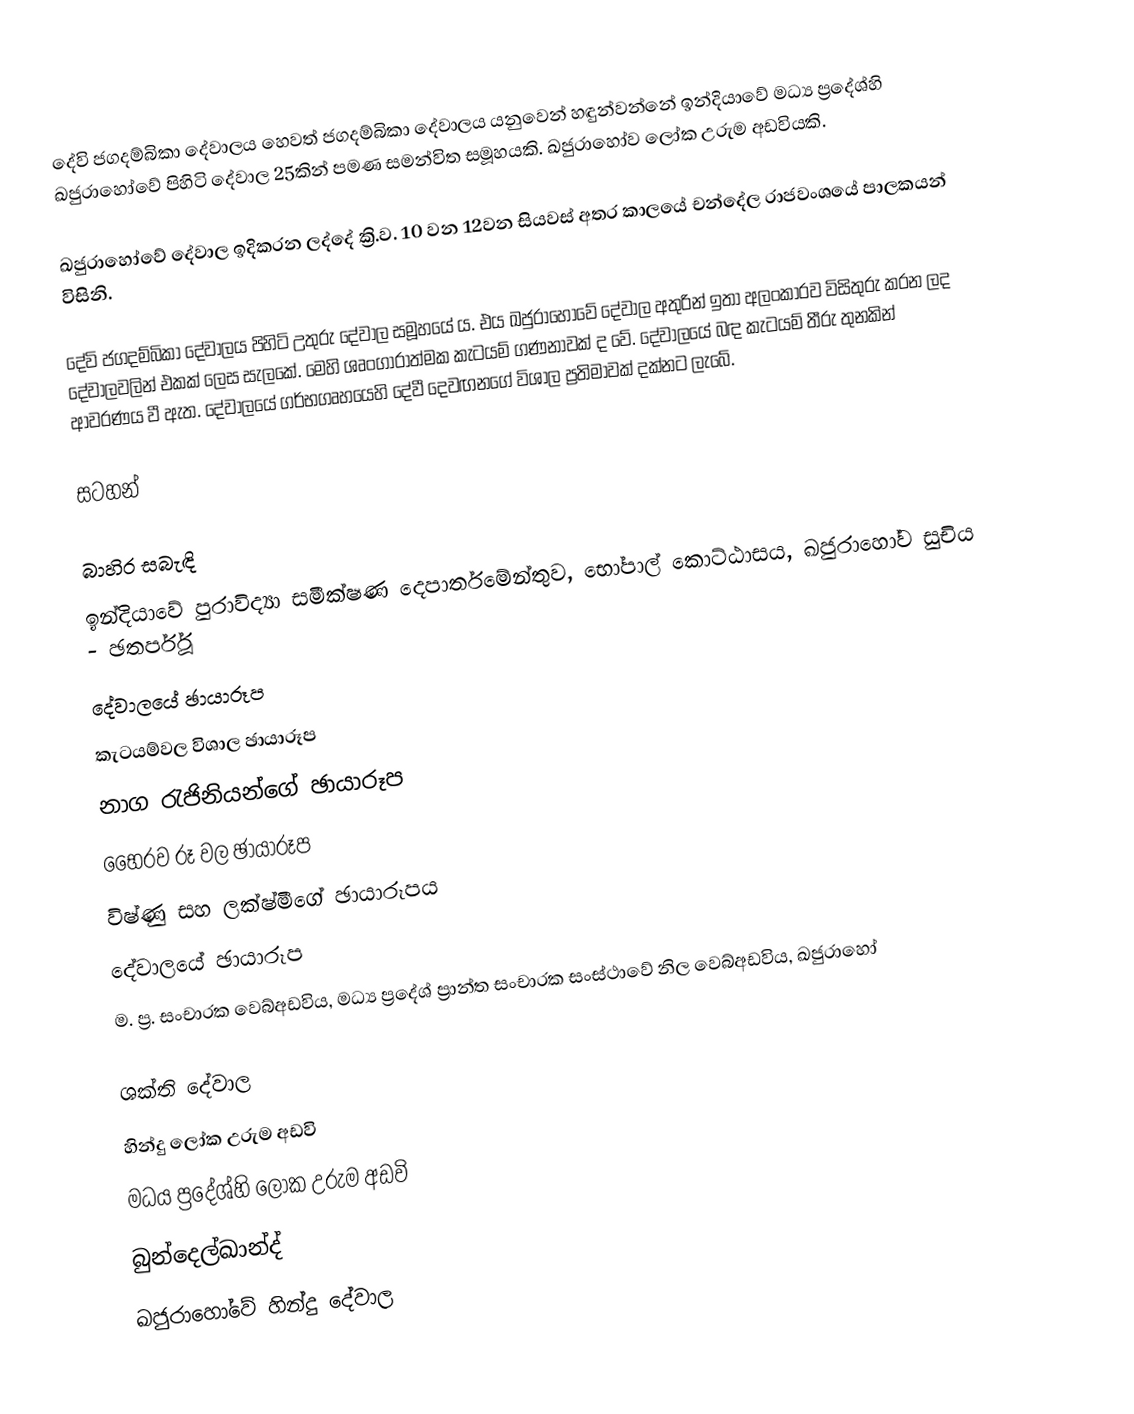
දේවි ජගදම්බිකා දේවාලය හෙවත් ජගදම්බිකා දේවාලය යනුවෙන් හඳුන්වන්නේ ඉන්දියාවේ මධ්‍ය ප්‍රදේශ්හි ඛජුරාහෝවේ පිහිටි දේවාල 25කින් පමණ සමන්විත සමූහයකි. ඛජුරාහෝව ලෝක උරුම අඩවියකි.

ඛජුරාහෝවේ දේවාල ඉදිකරන ලද්දේ ක්‍රි.ව. 10 වන 12වන සියවස් අතර කාලයේ චන්දේල රාජවංශයේ පාලකයන් විසිනි.

දේවි ජගදම්බිකා දේවාලය පිහිටි උතුරු දේවාල සමූහයේ ය. එය ඛජුරාහෝවේ දේවාල අතුරින් ඉතා අලංකාරව විසිතුරු කරන ලද දේවාලවලින් එකක් ලෙස සැලකේ. මෙහි ශෘංගාරාත්මක කැටයම් ගණනාවක් ද වේ. දේවාලයේ බඳ කැටයම් තීරු තුනකින් ආවරණය වී ඇත. දේවාලයේ ගර්භගෘහයෙහි දේවී දෙවඟනගේ විශාල ප්‍රතිමාවක් දක්නට ලැබේ.

සටහන්

බාහිර සබැඳි
 ඉන්දියාවේ පුරාවිද්‍යා සමීක්ෂණ දෙපාර්තමේන්තුව, භෝපාල් කොට්ඨාසය, ඛජුරාහෝව සුචිය - ඡතර්පූර්
 දේවාලයේ ඡායාරූප
 කැටයම්වල විශාල ඡායාරූප
 නාග රැජිනියන්ගේ ඡායාරූප
 භෛරව රූ වල ඡායාරූප
 විෂ්ණු සහ ලක්ෂ්මීගේ ඡායාරූපය
 දේවාලයේ ඡායාරූප
 ම. ප්‍ර. සංචාරක වෙබ්අඩවිය, මධ්‍ය ප්‍රදේශ් ප්‍රාන්ත සංචාරක සංස්ථාවේ නිල වෙබ්අඩවිය, ඛජුරාහෝ

ශක්ති දේවාල
හින්දු ලෝක උරුම අඩවි
මධය ප්‍රදේශ්හි ලෝක උරුම අඩවි
බුන්දෙල්ඛාන්ද්
ඛජුරාහෝවේ හින්දු දේවාල